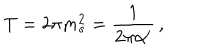
T = 2 \pi m _ { s } ^ { 2 } = \frac { 1 } { 2 \pi \alpha ^ { \prime } } \, ,